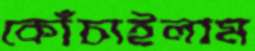
কোঁচাইলাম